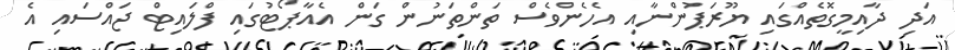
އަދި ދާއިމީގޮތެއްގައި ޔޫރަޕުންނާއި އެހެންވެސް ތަންތަނުން ގަން އެއާޕޯޓުގައި ފްލައިޓް ޖައްސައި އެ